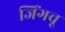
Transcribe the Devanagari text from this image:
जिंगचू